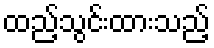
ထည့်သွင်းထားသည့်